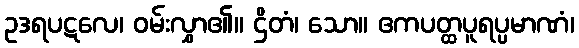
ဥဒရပဋလေ၊ ဝမ်းလွှာ၏။ ဌိတံ၊ သော။ ဧကပတ္ထပူရပ္ပမာဏံ၊